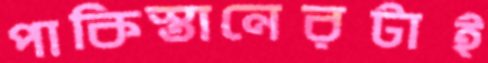
পাকিস্তানেরটাই